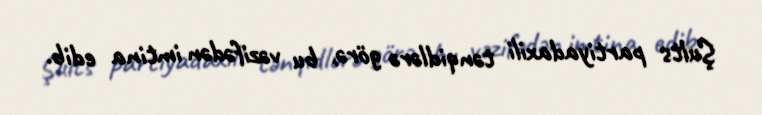
Şults partiyadaxili tənqidlərə görə, bu vəzifədən imtina edib.